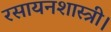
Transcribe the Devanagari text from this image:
रसायनशास्त्री।